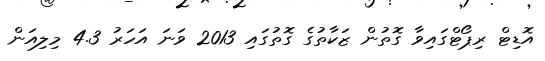
އޮޑިޓް ރިޕޯޓްގައިވާ ގޮތުން ޒަކާތުގެ ގޮތުގައި 2013 ވަނަ އަހަރު 4.3 މިލިއަން